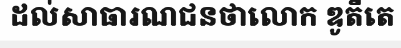
ដល់សាធារណជនថាលោក ឌូតឺតេ